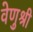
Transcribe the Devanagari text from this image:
वेणुश्री